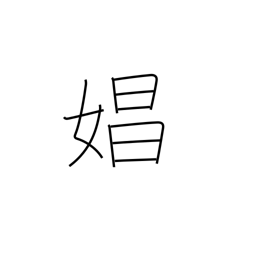
Meaning: prostitute